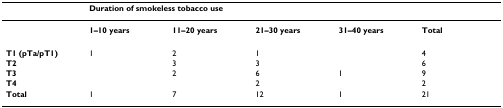
|  | <COLSPAN=5> Duration of smokeless tobacco use |
 | --- | --- | --- | --- | --- | --- |
 |  | 1–10 years | 11–20 years | 21–30 years | 31–40 years | Total |
 | T1 (pTa/pT1) | 1 | 2 | 1 |  | 4 |
 | T2 |  | 3 | 3 |  | 6 |
 | T3 |  | 2 | 6 | 1 | 9 |
 | T4 |  |  | 2 |  | 2 |
 | Total | 1 | 7 | 12 | 1 | 21 |